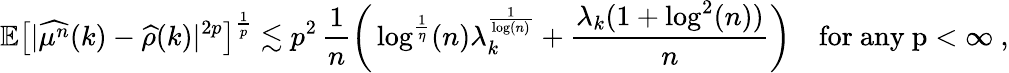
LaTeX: \mathbb{E}\big[\vert\widehat{\mu^{n}}(k)-\widehat{\rho}(k)\vert^{2p}\big]^{\frac{1}{p}}\lesssim p^{2}\, \frac{1}{n}\bigg(\log^{\frac{1}{\eta}}(n)\lambda_{k}^{\frac{1}{\log(n)}}+\frac{\lambda_{k}(1+\log^{2}(n))}{n}\bigg)\quad\mathrm{for~any~p<\infty~},